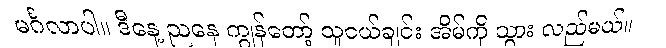
မင်္ဂလာပါ။ ဒီနေ့ ညနေ ကျွန်တော့် သူငယ်ချင်း အိမ်ကို သွား လည်မယ်။